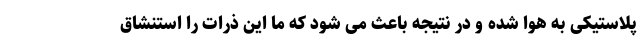
پلاستیکی به هوا شده و در نتیجه باعث می شود که ما این ذرات را استنشاق